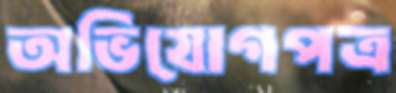
অভিযোগপত্র